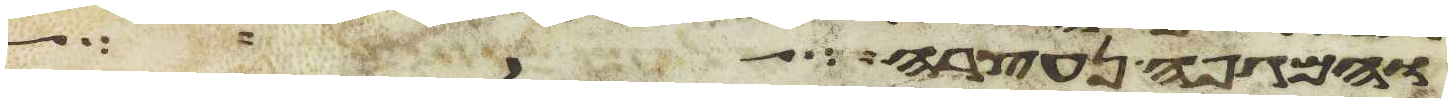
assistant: והמגפה נעצרה